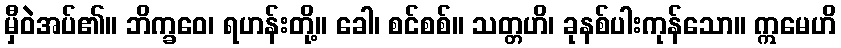
မှီဝဲအပ်၏။ ဘိက္ခဝေ၊ ရဟန်းတို့။ ခေါ၊ စင်စစ်။ သတ္တဟိ၊ ခုနစ်ပါးကုန်သော။ ဣမေဟိ